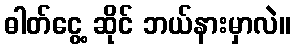
ဓါတ်ငွေ့ ဆိုင် ဘယ်နားမှာလဲ။